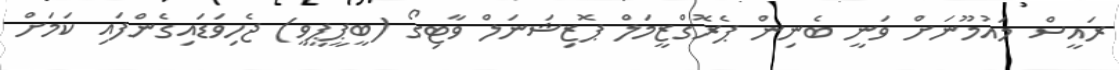
ރައީސް މައުމޫނަށް ވަނީ ބެނިން ޕެރޮގްޒީމަލް ޕޮޒިޝަނަލް ވާޓިގޯ (ބީޕީޕީވީ) ޖެހިވަޑައިގެންފައި ކަމަށް